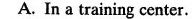
A. In a training center.